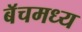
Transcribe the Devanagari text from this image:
बॅचमध्य